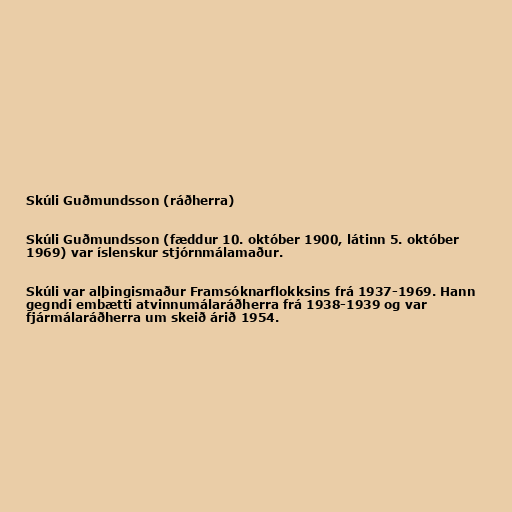
Skúli Guðmundsson (ráðherra)

Skúli Guðmundsson (fæddur 10. október 1900, látinn 5. október
1969) var íslenskur stjórnmálamaður.

Skúli var alþingismaður Framsóknarflokksins frá 1937-1969. Hann
gegndi embætti atvinnumálaráðherra frá 1938-1939 og var
fjármálaráðherra um skeið árið 1954.